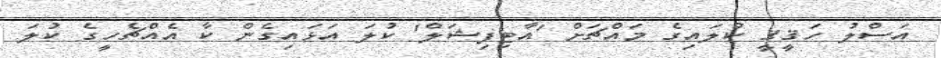
އަސްލު ހަޤީޤީ ކުލައިގެ މައްޗަށް 'އާޓިފިޝަލް' ކުލަ އަޅައިގެން ކާ އެއްޗެހީގެ ކުލަ